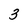
Character: 3